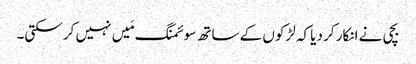
بچی نے انکار کر دیا کہ لڑکوں کے ساتھ سوئمنگ مَیں نہیں کر سکتی۔